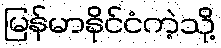
မြန်မာနိုင်ငံကဲ့သို့